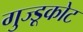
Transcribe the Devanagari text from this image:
गुज्डूकोट